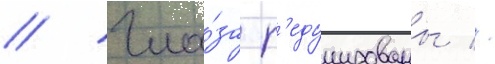
// Гла́за р'едуцированы //